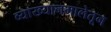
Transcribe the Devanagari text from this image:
व्याख्यानमालेतून